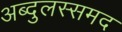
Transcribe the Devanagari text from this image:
अब्दुलस्समद